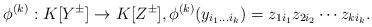
LaTeX: \begin{align*}\phi^{(k)} : K[Y^\pm] \to K[Z^\pm], \phi^{(k)} (y_{i_1 \dots i_k}) =z_{1i_1} z_{2i_2} \cdots z_{k i_k}.\end{align*}